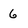
Character: 6